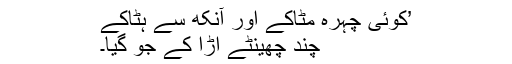
’کوئی چہرہ مٹاکے اور آنکھ سے ہٹاکے
چند چھینٹے اڑا کے جو گیا۔